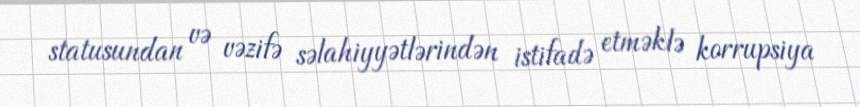
statusundan və vəzifə səlahiyyətlərindən istifadə etməklə korrupsiya